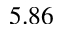
5 . 8 6